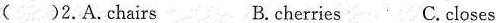
( )2.A.Chairs B.cherries C.closes